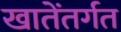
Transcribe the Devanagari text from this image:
खातेंतर्गत